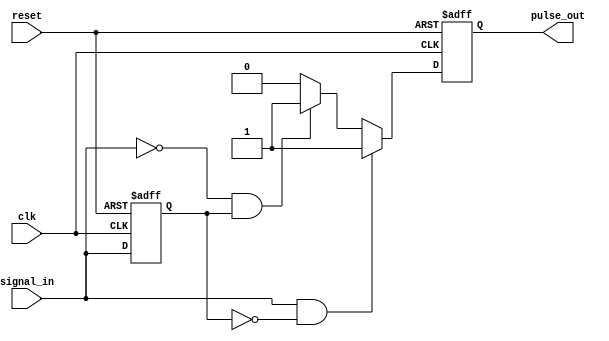
module pulse_edge_detector (
    input wire clk,           // Clock input
    input wire reset,         // Asynchronous reset input
    input wire signal_in,     // Input signal to detect edges
    output reg pulse_out      // Output pulse signal
);

    // Memory block to store the previous state of the input signal
    reg previous_state;

    // Always block for edge detection and state update
    always @(posedge clk or posedge reset) begin
        if (reset) begin
            previous_state <= 1'b0; // Initialize previous state to 0 on reset
            pulse_out <= 1'b0;       // Initialize pulse output to 0 on reset
        end else begin
            // Edge detection logic
            if (signal_in && !previous_state) begin
                pulse_out <= 1'b1; // Rising edge detected
            end else if (!signal_in && previous_state) begin
                pulse_out <= 1'b1; // Falling edge detected
            end else begin
                pulse_out <= 1'b0; // No edge detected
            end
            
            // Update previous state to current input on clock edge
            previous_state <= signal_in;
        end
    end

endmodule